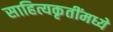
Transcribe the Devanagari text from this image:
साहित्यकृतींमध्ये